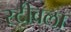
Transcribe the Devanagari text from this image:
स्टीवला